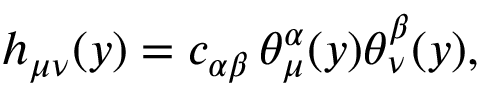
h _ { \mu \nu } ( y ) = c _ { \alpha \beta } \, \theta _ { \mu } ^ { \alpha } ( y ) \theta _ { \nu } ^ { \beta } ( y ) ,